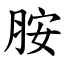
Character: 胺